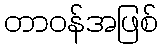
တာဝန်အဖြစ်